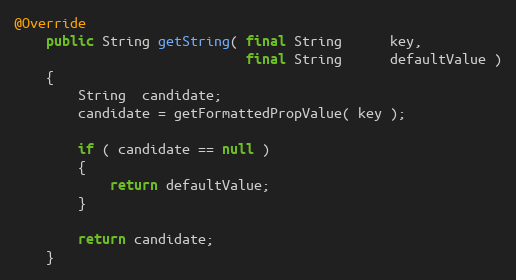
Language: Java
@Override
    public String getString( final String      key,
                             final String      defaultValue )
    {
        String  candidate;
        candidate = getFormattedPropValue( key );

        if ( candidate == null )
        {
            return defaultValue;
        }

        return candidate;
    }